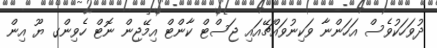
ދުވަހަކުވެސް އަހަންނާ ވަކިނުވައްޗޭއައި ޖަސްޓް ކާންޓް އިމޭޖިން ނޮޓް ހެވިންގ ޔޫ އިން